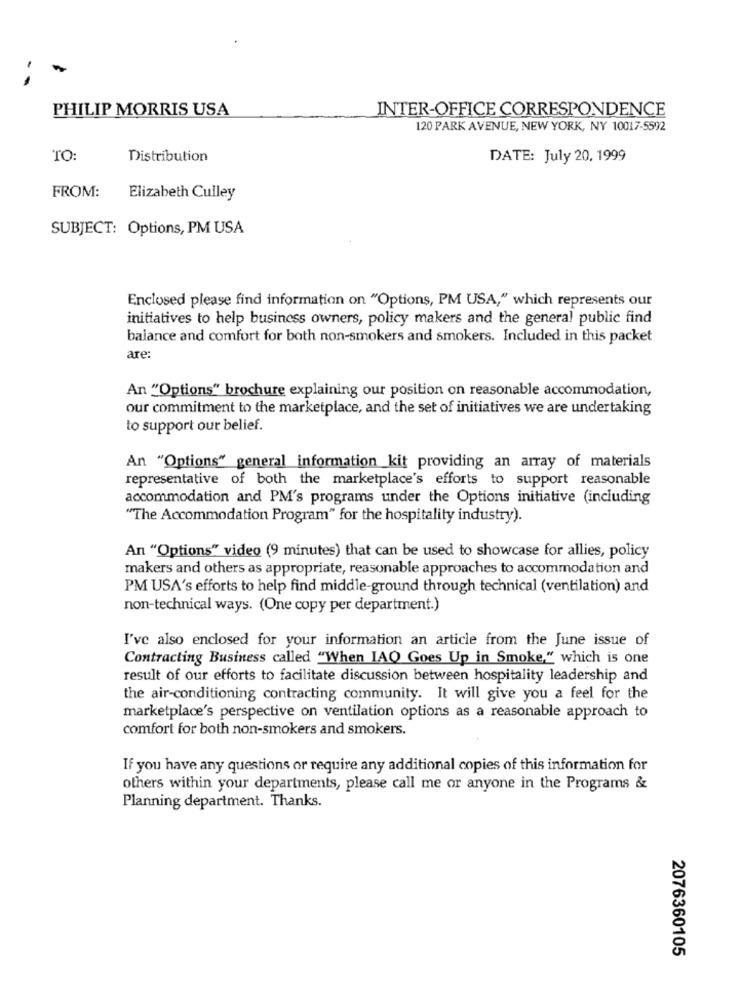
PHILIP MORRIS USA
INTER-OFFICE CORRESPONDENCE
120 PARK AVENUE, NEW YORK, NY 10017-5592
TO
Distribution
DATE: July 20, 1999
FROM:
Elizabeth Culley
SUBJECT: Options, PM USA
Enclosed please find information on "Options, PM USA," which represents our
initiatives to help business owners, policy makers and the general public find
balance and comfort for both non-smokers and smokers. Included in this packet
are:
An "Options" brochure explaining our position on reasonable accommodation,
our commitment to the marketplace, and the set of initiatives we are undertaking
to support our belief.
An "Options" general information kit providing an array of materials
representative of both the marketplace's efforts to support reasonable
accommodation and PM's programs under the Options initiative (including
"The Accommodation Program" for the hospitality industry).
An "Options" video (9 minutes) that can be used to showcase for allies, policy
makers and others as appropriate, reasonable approaches to accommodation and
PM USA's efforts to help find middle-ground through technical (ventilation) and
non-technical ways. (One copy per department.)
I've also enclosed for your information an article from the June issue of
Contracting Business called "When IAQ Goes Up in Smoke," which is one
result of our efforts to facilitate discussion between hospitality leadership and
the air-conditioning contracting community. It will give you a feel for the
marketplace's perspective on ventilation options as a reasonable approach to
comfort for both non-smokers and smokers.
If you have any questions or require any additional copies of this information for
others within your departments, please call me or anyone in the Programs &
Planning department. Thanks.
2076360105